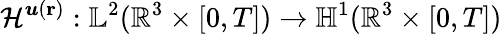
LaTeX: \mathcal{H}^{\boldsymbol{u}(\textbf{r})}:\mathbb{L}^{2}(\mathbb{R}^{3}\times[0,T])\rightarrow\mathbb{H}^{1}(\mathbb{R}^{3}\times[0,T])